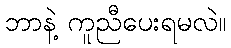
ဘာနဲ့ ကူညီပေးရမလဲ။